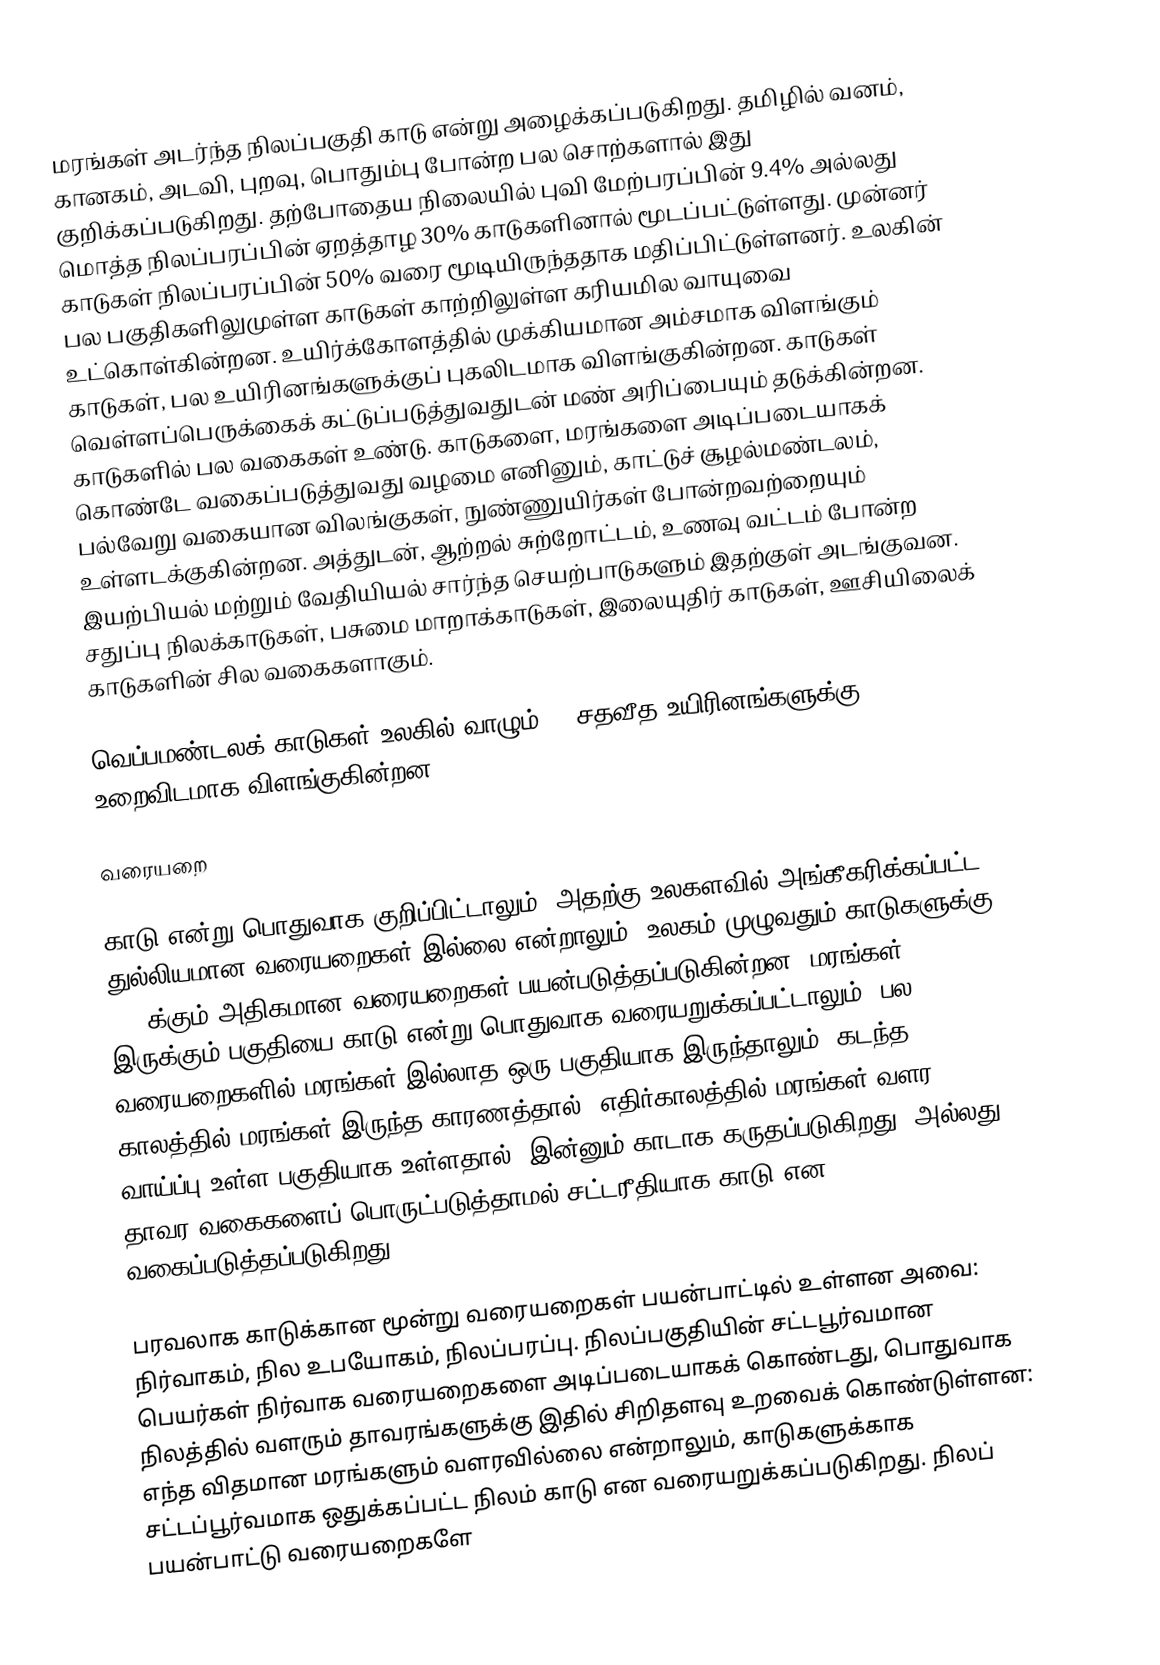
மரங்கள் அடர்ந்த நிலப்பகுதி காடு என்று அழைக்கப்படுகிறது. தமிழில் வனம், கானகம், அடவி, புறவு, பொதும்பு போன்ற பல சொற்களால் இது குறிக்கப்படுகிறது. தற்போதைய நிலையில் புவி மேற்பரப்பின் 9.4% அல்லது மொத்த நிலப்பரப்பின் ஏறத்தாழ 30% காடுகளினால் மூடப்பட்டுள்ளது. முன்னர் காடுகள் நிலப்பரப்பின் 50% வரை மூடியிருந்ததாக மதிப்பிட்டுள்ளனர். உலகின் பல பகுதிகளிலுமுள்ள காடுகள் காற்றிலுள்ள கரியமில வாயுவை உட்கொள்கின்றன. உயிர்க்கோளத்தில் முக்கியமான அம்சமாக விளங்கும் காடுகள், பல உயிரினங்களுக்குப் புகலிடமாக விளங்குகின்றன. காடுகள் வெள்ளப்பெருக்கைக் கட்டுப்படுத்துவதுடன் மண் அரிப்பையும் தடுக்கின்றன. காடுகளில் பல வகைகள் உண்டு. காடுகளை, மரங்களை அடிப்படையாகக் கொண்டே வகைப்படுத்துவது வழமை எனினும், காட்டுச் சூழல்மண்டலம், பல்வேறு வகையான விலங்குகள், நுண்ணுயிர்கள் போன்றவற்றையும் உள்ளடக்குகின்றன. அத்துடன், ஆற்றல் சுற்றோட்டம், உணவு வட்டம் போன்ற இயற்பியல் மற்றும் வேதியியல் சார்ந்த செயற்பாடுகளும் இதற்குள் அடங்குவன. சதுப்பு நிலக்காடுகள், பசுமை மாறாக்காடுகள், இலையுதிர் காடுகள், ஊசியிலைக் காடுகளின் சில வகைகளாகும்.

வெப்பமண்டலக் காடுகள் உலகில் வாழும் 50 சதவீத உயிரினங்களுக்கு உறைவிடமாக விளங்குகின்றன.

வரையறை

காடு என்று பொதுவாக குறிப்பிட்டாலும், அதற்கு உலகளவில் அங்கீகரிக்கப்பட்ட துல்லியமான வரையறைகள் இல்லை என்றாலும், உலகம் முழுவதும் காடுகளுக்கு 800 க்கும் அதிகமான வரையறைகள் பயன்படுத்தப்படுகின்றன. மரங்கள் இருக்கும் பகுதியை காடு என்று பொதுவாக வரையறுக்கப்பட்டாலும், பல வரையறைகளில் மரங்கள் இல்லாத ஒரு பகுதியாக இருந்தாலும், கடந்த காலத்தில் மரங்கள் இருந்த காரணத்தால், எதிர்காலத்தில் மரங்கள் வளர வாய்ப்பு உள்ள பகுதியாக உள்ளதால்,  இன்னும் காடாக கருதப்படுகிறது, அல்லது தாவர வகைகளைப் பொருட்படுத்தாமல் சட்டரீதியாக காடு என வகைப்படுத்தப்படுகிறது.

பரவலாக காடுக்கான மூன்று வரையறைகள் பயன்பாட்டில் உள்ளன அவை: நிர்வாகம், நில உபயோகம், நிலப்பரப்பு.  நிலப்பகுதியின் சட்டபூர்வமான பெயர்கள் நிர்வாக வரையறைகளை அடிப்படையாகக் கொண்டது, பொதுவாக நிலத்தில் வளரும் தாவரங்களுக்கு இதில் சிறிதளவு உறவைக் கொண்டுள்ளன: எந்த விதமான மரங்களும் வளரவில்லை என்றாலும், காடுகளுக்காக சட்டப்பூர்வமாக ஒதுக்கப்பட்ட நிலம் காடு என வரையறுக்கப்படுகிறது.  நிலப் பயன்பாட்டு வரையறைகளே